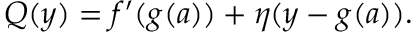
Q ( y ) = f ^ { \prime } ( g ( a ) ) + \eta ( y - g ( a ) ) .